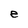
Character: e